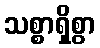
သစ္စာရှိစွာ